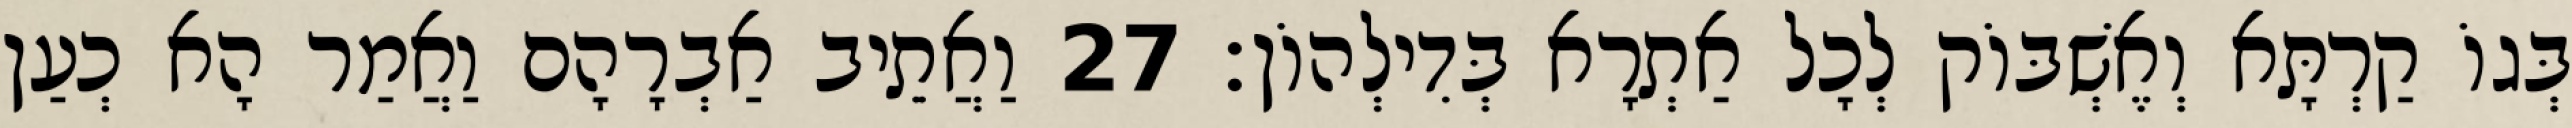
בְּגוֹ קַרְתָּא וְאֶשְׁבּוֹק לְכָל אַתְרָא בְּדִילְהוֹן׃ 27 וַאֲתֵיב אַבְרָהָם וַאֲמַר הָא כְעַן